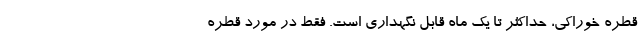
قطره خوراکی، حداکثر تا یک ماه قابل نگهداری است. فقط در مورد قطره